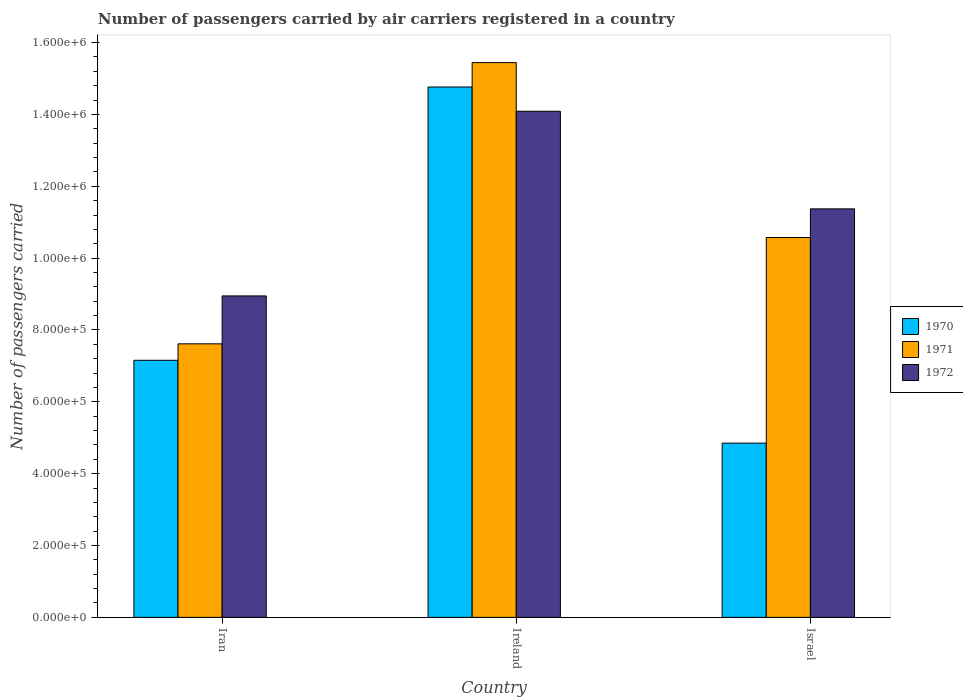
| Country | 1970 | 1971 | 1972 |
 | --- | --- | --- | --- |
 | Iran | 7.16e+05 | 7.61e+05 | 8.95e+05 |
 | Ireland | 1.48e+06 | 1.54e+06 | 1.41e+06 |
 | Israel | 4.85e+05 | 1.06e+06 | 1.14e+06 |